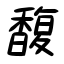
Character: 馥